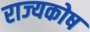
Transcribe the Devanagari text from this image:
राज्‍यकोष